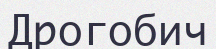
Дрогобич